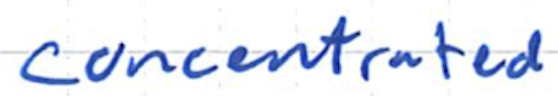
Text: concentrated
Cross-out: clean
Writing tool: ballpoint